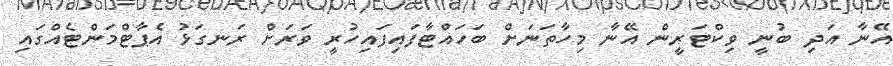
އޭނާ އަދި ބުނީ ވިކްޓަރީން އޭނާ މިހާތަނަށް ބަހައްޓާފައިފައިހުރީ ވަރަށް ރަނގަޅު އެޕާޓްމަންޓެއްގައި